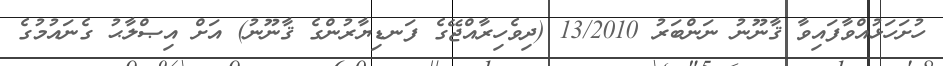
ހުށަހަޅުއްވާފައިވާ ޤާނޫނު ނަންބަރު 13/2010 (ދިވެހިރާއްޖޭގެ ފަނޑިޔާރުންގެ ޤާނޫނު) އަށް އިޞްލާޙު ގެނައުމުގެ